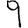
Digit: 9